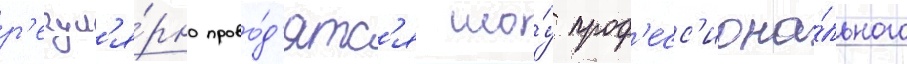
р'егул'я́рно прово́д'ятс'я шо́у проф'есс'иона́льного